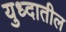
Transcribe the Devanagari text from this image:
युध्दातील